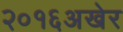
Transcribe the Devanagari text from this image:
२०१६अखेर